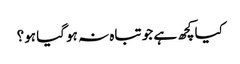
کیاکچھ ہے جو تباہ نہ ہو گیا ہو؟